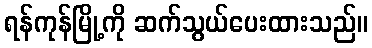
ရန်ကုန်မြို့ကို ဆက်သွယ်ပေးထားသည်။